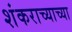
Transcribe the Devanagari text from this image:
शंकराच्याच्या